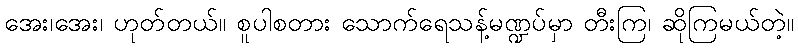
အေး၊အေး၊ ဟုတ်တယ်။ စူပါစတား သောက်ရေသန့်မဏ္ဍပ်မှာ တီးကြ၊ ဆိုကြမယ်တဲ့။